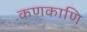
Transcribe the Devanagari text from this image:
कणकाणि